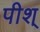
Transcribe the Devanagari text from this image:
पीश्